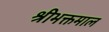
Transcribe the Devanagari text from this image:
श्रीभक्तमाल